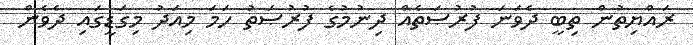
ރައްޔިތުން ތިބީ ދެވަނަ ފުރުޞަތެއް ދިނުމުގެ ފުރުޞަތު ހަމަ މިއަދު މިގަޑީގައި ދެވެން